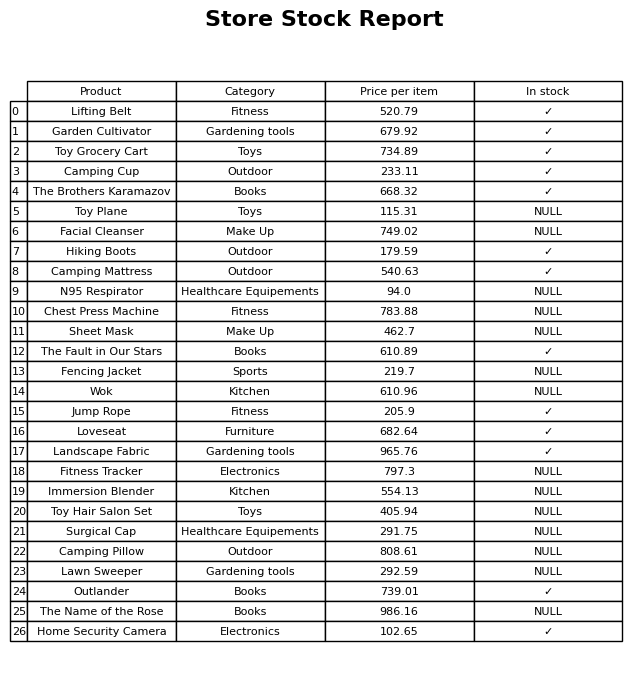
question: Is the Wok in stock?
answer: NULL